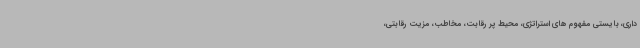
داری، بایستی مفهوم های استراتژی، محیط پر رقابت، مخاطب، مزیت رقابتی،